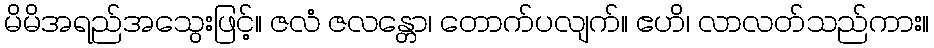
မိမိအရည်အသွေးဖြင့်။ ဇလံ ဇလန္တော၊ တောက်ပလျက်။ ဧဟိ၊ လာလတ်သည်ကား။